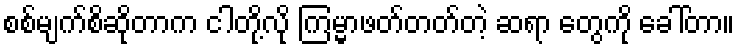
စစ်မျက်စိဆိုတာက ငါတို့လို ကြမ္မာဖတ်တတ်တဲ့ ဆရာ တွေကို ခေါ်တာ။